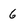
Character: 6